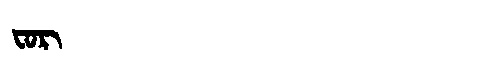
Manchu: ᠸᠣᡵ
Romanization: FOR